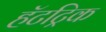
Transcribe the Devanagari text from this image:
हॅटट्रिक